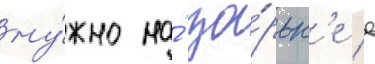
ну́жно на́ зо́рьк'е в